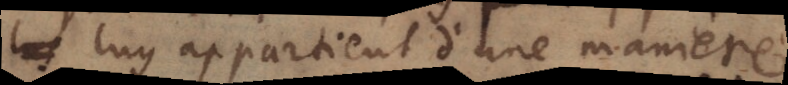
luy appartient d’une maniere